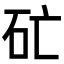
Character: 𥐞